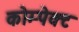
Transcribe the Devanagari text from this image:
कोम्पेक्ट